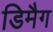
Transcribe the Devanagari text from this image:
डिमैग